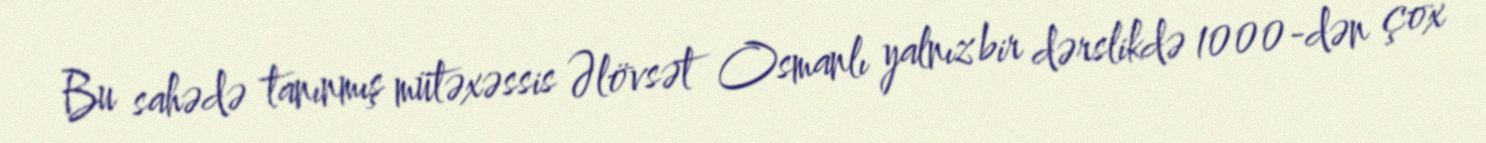
Bu sahədə tanınmış mütəxəssis Əlövsət Osmanlı yalnız bir dərslikdə 1000-dən çox